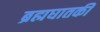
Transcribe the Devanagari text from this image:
ब्रह्मघातकी